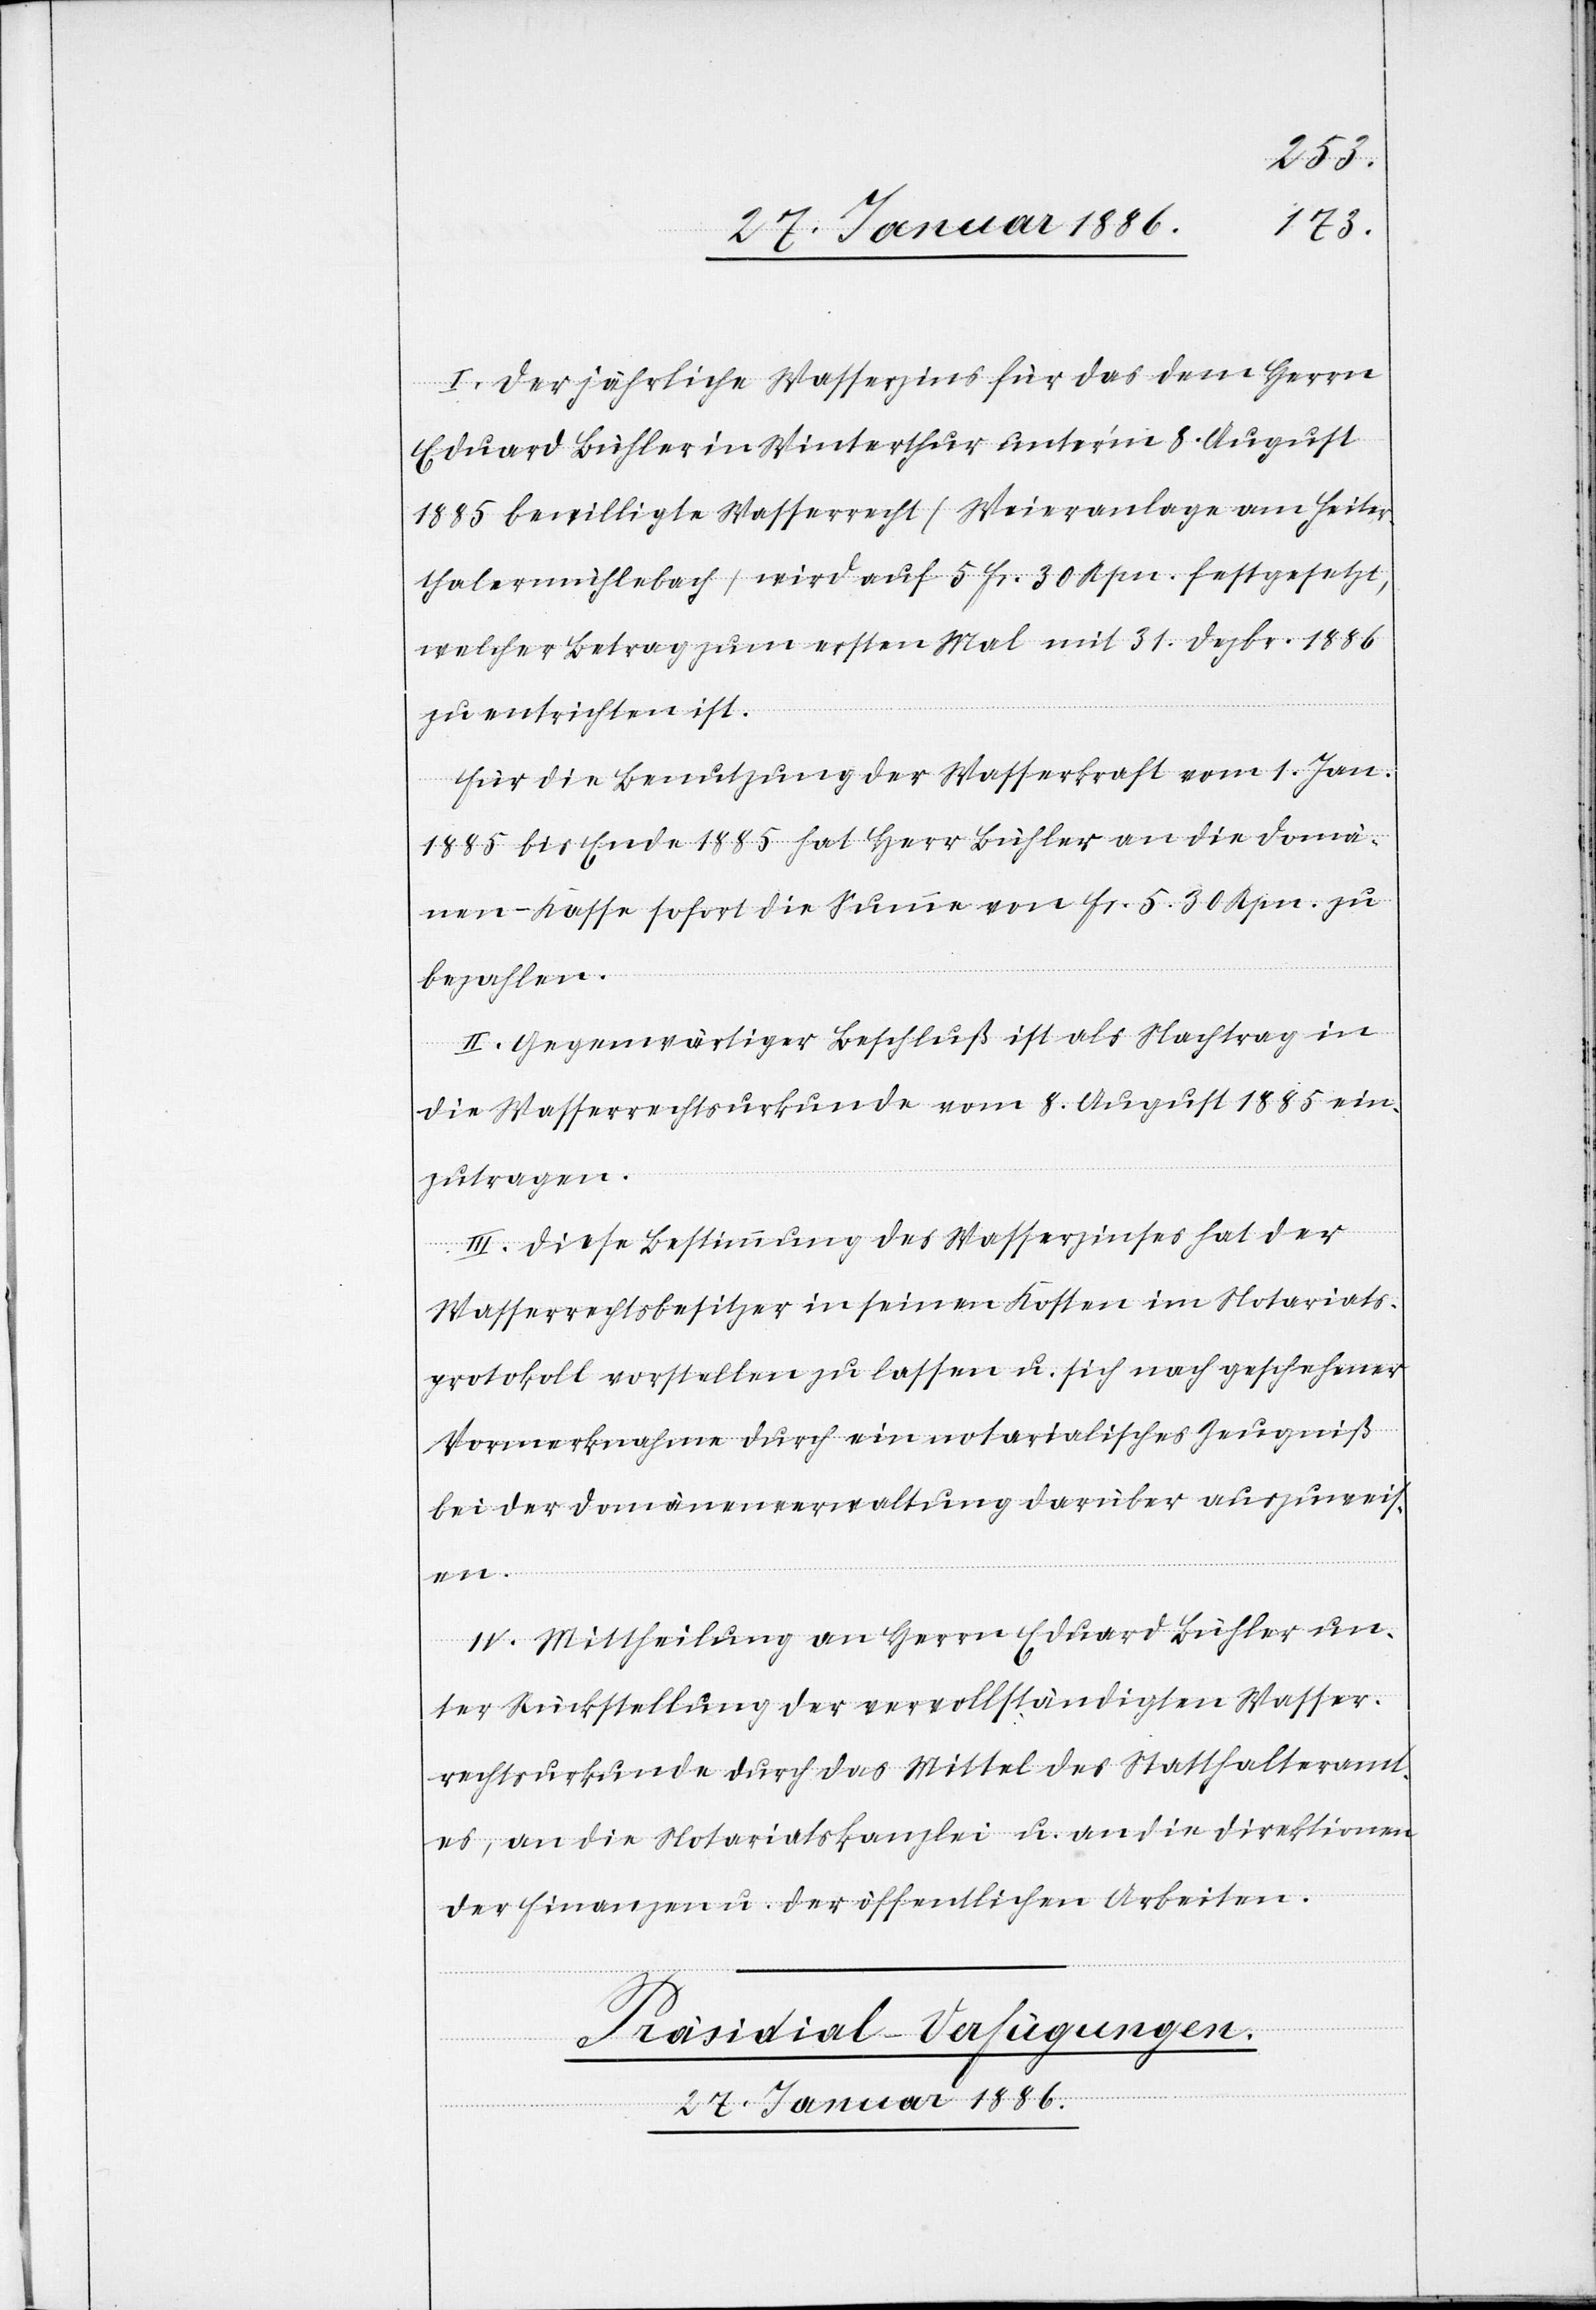
I. Der jährliche Wasserzins für das dem Herrn
Eduard Bühler in Winterthur unterm 8. August
1885 bewilligte Wasserrecht (Weieranlage am Heiter¬
thalermühlebach) wird auf 5 Fr. 30 Rpn. festgesetzt,
welcher Betrag zum ersten Mal mit 31. Dezbr. 1886
zu entrichten ist.
Für die Benutzung der Wasserkraft vom 1. Jan.
1885 bis Ende 1885 hat Herr Bühler an die Domä¬
nen-Kasse sofort die Summe von Fr. 5. 30 Rpn. zu
bezahlen.
II. Gegenwärtiger Beschluß ist als Nachtrag in
die Wasserrechtsurkunde vom 8. August 1885 ein¬
zutragen.
III. Diese Bestimmung des Wasserzinses hat der
Wasserrechtsbesitzer in seinen Kosten im Notariats¬
protokoll vorstellen zu lassen u. sich nach geschehener
Vormerknahme durch ein notarialisches Zeugniß
bei der Domänenverwaltung darüber auszuweis¬
en.
IV. Mittheilung an Herrn Eduard Bühler un¬
ter Rückstellung der vervollständigten Wasser¬
rechtsurkunde durch das Mittel des Statthalteramt¬
es, an die Notariatskanzlei u. an die Direktion
der Finanzen u. der öffentlichen Arbeiten.